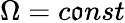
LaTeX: \Omega=c\mathfrak{o}nst